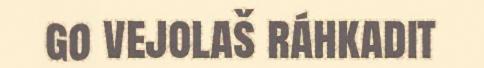
go vejolaš ráhkadit